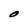
Character: O